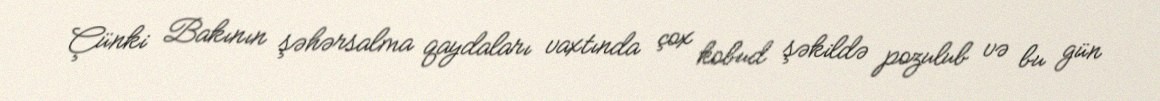
Çünki Bakının şəhərsalma qaydaları vaxtında çox kobud şəkildə pozulub və bu gün